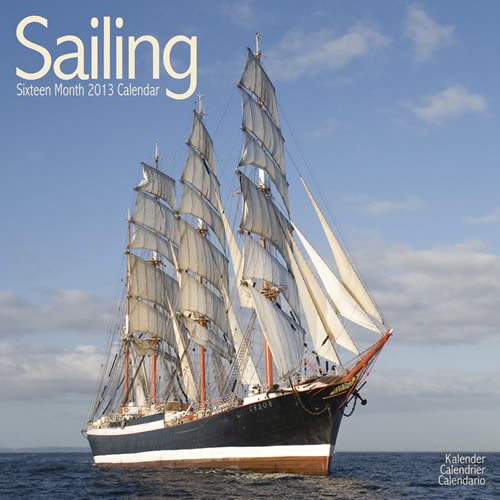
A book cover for Sailing 2013 Wall Calendar #30446-12; Avonside; Calendars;